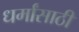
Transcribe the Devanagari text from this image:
धर्मांसाठी